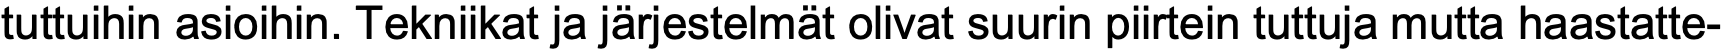
tuttuihin asioihin. Tekniikat ja järjestelmät olivat suurin piirtein tuttuja mutta haastatte-